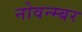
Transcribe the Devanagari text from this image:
नोवन्म्बर